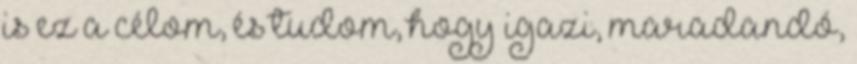
is ez a célom, és tudom, hogy igazi, maradandó,